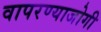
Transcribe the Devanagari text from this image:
वापरण्याजोगी